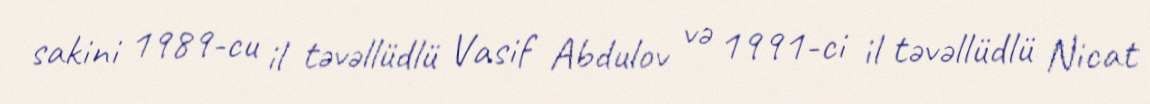
sakini 1989-cu il təvəllüdlü Vasif Abdulov və 1991-ci il təvəllüdlü Nicat